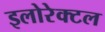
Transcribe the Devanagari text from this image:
इलोरेक्टल